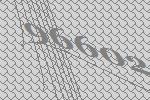
96602